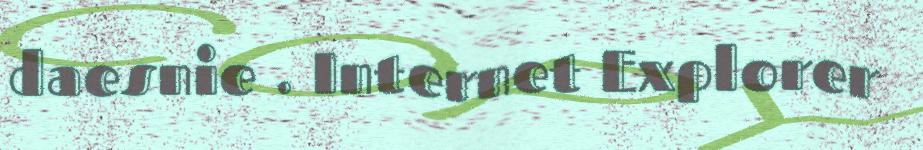
daesnie . Internet Explorer